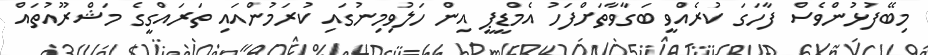
މިބޭފުޅުންވެސް ފާހަގަ ކުރެއްވީ ބަގާވާތަށްފަހު އެމްޑީޕީ އިން ހަލުވިމިނުގައި ކުރަމުންއައި ތަރައްގީގެ މަޝްރޫއުތައް